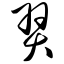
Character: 羿